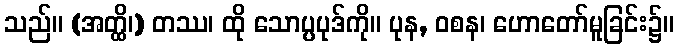
သည်။ (အတ္ထိ၊) တဿ၊ ထို သောပ္ပပုဒ်ကို။ ပုန, ဝစန၊ ဟောတော်မူခြင်း၌။